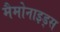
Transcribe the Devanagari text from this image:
मैमोनाइड्स